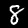
Label: 8